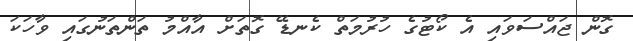
ގޮން ޖައްސަވައި އެ ކޯޓުގެ ހުރުމަތް ކެނޑޭ ގޮތަށް އާއްމު ތަންތަނުގައި ވާހަކަ